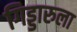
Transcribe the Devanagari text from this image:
गिड्डारुला